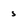
Character: s